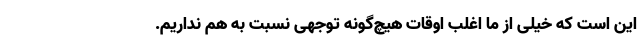
این است که خیلی از ما اغلب اوقات هیچ‌گونه توجهی نسبت به هم نداریم.